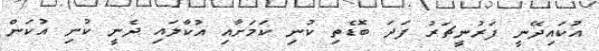
އުކައިދޭނީ ފަރުނީޗަރު ފަދަ ބޮޑެތި ކުނި ކަމަށާއި އުކާލައި ދެނީ ކުނި އުކަން